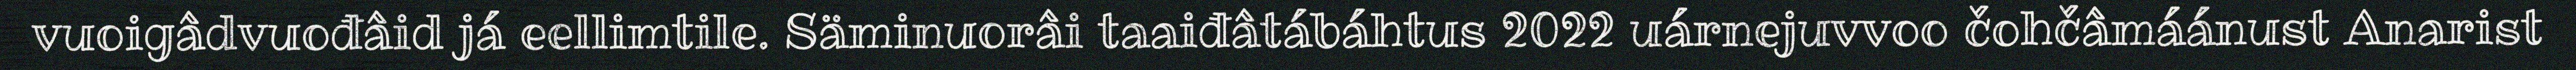
vuoigâdvuođâid já eellimtile. Säminuorâi taaiđâtábáhtus 2022 uárnejuvvoo čohčâmáánust Anarist